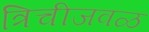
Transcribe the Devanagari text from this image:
त्रिचीजवळ